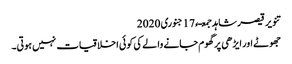
تنویر قیصر شاہد جمعـء 17 جنوری 2020
جھوٹے اور ایڑھی پر گھوم جانے والے کی کوئی اخلاقیات نہیں ہوتی۔